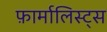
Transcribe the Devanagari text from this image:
फ़ार्मालिस्ट्स